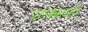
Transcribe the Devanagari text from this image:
परॉक्साइडों